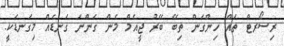
ރިސޯރޓް ތައް ހިންގަން ތިބޭ ބޭރު ޖީއެމް މެން ގަންނަ ގަނޑެއް މިގަނޑަކީ.